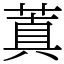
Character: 蒖